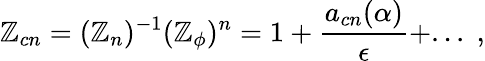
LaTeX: \mathbb{Z}_{cn}=({\mathbb{Z}}_{n})^{-1}(\mathbb{Z}_{\phi})^{n}=1+\frac{{a_{cn}(\alpha)}}{{\epsilon}}+...\; ,